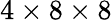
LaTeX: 4\times 8\times 8